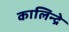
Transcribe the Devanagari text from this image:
कालिन्द्रे